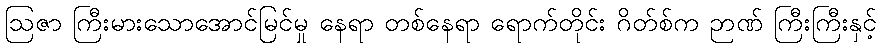
ဩဇာ ကြီးမားသောအောင်မြင်မှု နေရာ တစ်နေရာ ရောက်တိုင်း ဂိတ်စ်က ဉာဏ် ကြီးကြီးနှင့်